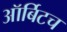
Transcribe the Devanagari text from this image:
ऑर्बिटच